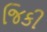
જિકી